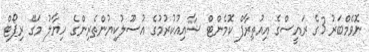
ނޮވެމްބަރު 3ގެ ރައީސްގެ އިއުތިރާފް ކޮމެންޓް ޝާއިއުކުރުމުގެ އުސޫލުކިޔުންތެރިންގެ ހިޔާލު މަގޭ ރިޕޯޓް